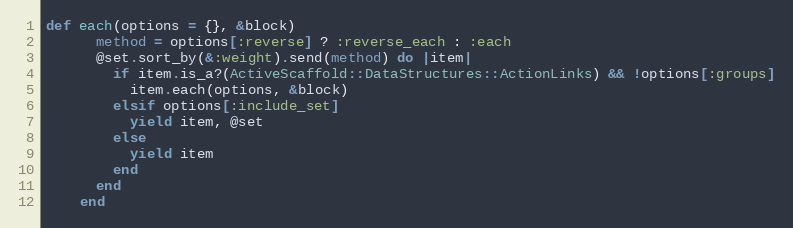
Language: Ruby
def each(options = {}, &block)
      method = options[:reverse] ? :reverse_each : :each
      @set.sort_by(&:weight).send(method) do |item|
        if item.is_a?(ActiveScaffold::DataStructures::ActionLinks) && !options[:groups]
          item.each(options, &block)
        elsif options[:include_set]
          yield item, @set
        else
          yield item
        end
      end
    end